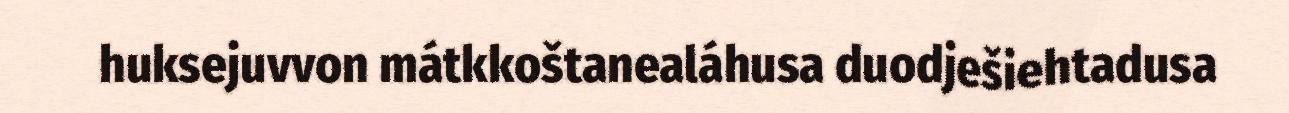
huksejuvvon mátkkoštanealáhusa duodješiehtadusa